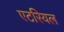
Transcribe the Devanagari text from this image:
एटरियल